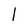
Character: l